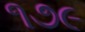
૧૭૯